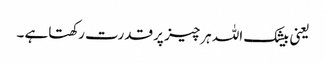
یعنی بیشک اللہ ہرچیز پر قدرت رکھتاہے ۔